Lunatic asylums Burma 1907-21 - 1907-1921
Year: 1907
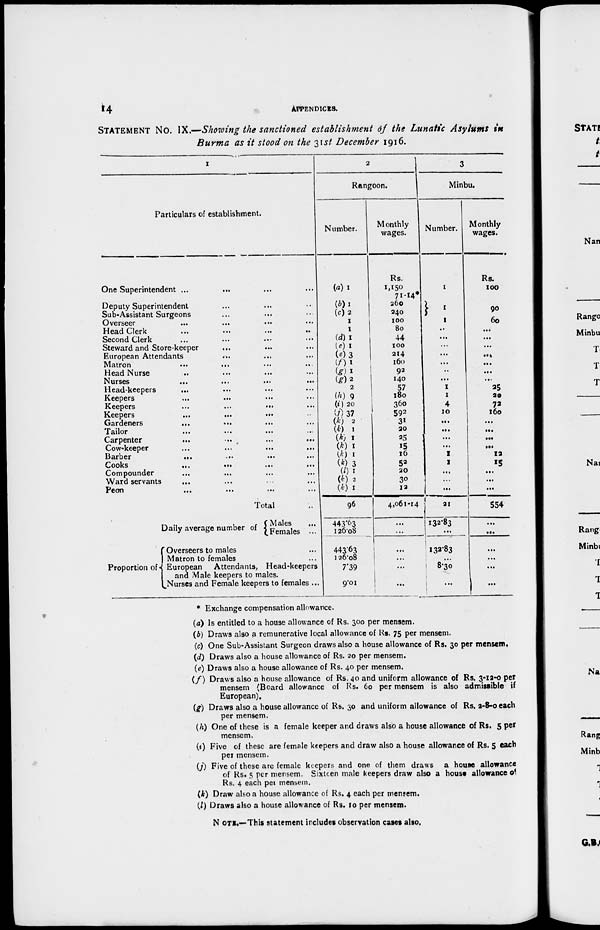
14
APPENDICES.
STATEMENT NO. IX.—Showing the sanctioned establishment of the Lunatic Asylums in
Burma as it stood on the 31st December 1916.
1
Particulars of establishment.
One Superintendent ... ... ...
Deputy Superintendent ... ...
Sub-Assistant Surgeons ... ...
Overseer ... ... ...
Head Clerk ... ... ...
Second Clerk ... ... ...
Steward and Store-keeper ... ... ...
European Attendants ... ...
Matron ... ... ...
Head Nurse ... ... ...
Nurses
...
...
...
Head-keepers ... ... ...
Keepers ... ... ...
Keepers
...
...
...
Keepers
...
...
...
Gardeners
... ... ...
Tailor ... ... ...
Carpenter
...
...
...
...
Cow-keeper
...
...
...
...
Barber
...
...
...
Cooks
...
...
...
Compounder
...
...
...
Ward servants
... ... ...
Peon
...
... ...
Total ...
Daily average number of
Proportion of
Males ...
Females ...
Overseers to males ...
Matron to females ...
European Attendants, Head-keepers
and Male keepers to males.
Nurses and Female keepers to females ...
2
Rangoon.
Number.
(a) 1
(b) 1
(c)2
1
1
(d) 1
(c) 1
(e) 3
(f) 1
(g) 1
(g) 2
2
(h) 9
(i) 20
(j) 37
(k)
2
(k) 1
(k) 1
(k) 1
(k) 1
(k) 3
(l) 1
(k) 2
(k) 1
96
443.63
126.08
443.63
126.08
7.39
9.01
Monthly
wages.
Rs.
1,150
71.14*
260
240
100
80
44
100
214
160
92
140
57
180
360
592
31
20
25
15
16
52
20
30
12
4,061-14
...
...
...
...
...
3
Minbu.
Number.
1
1
1
...
...
...
...
...
...
...
1
1
4
10
...
...
...
...
1
1
...
...
...
21
132.83
...
132.83
...
8.30
...
Monthly
wages.
Rs.
100
90
60
...
...
...
...
...
...
...
35
20
72
160
...
...
...
...
12
15
...
...
...
554
...
...
...
...
...
....
* Exchange compensation allowance.
(a) Is entitled to a house allowance of Rs. 300 per mensem.
(b) Draws also a remunerative local allowance of Rs. 75 per mensem.
(c) One Sub-Assistant Surgeon draws also a house allowance of Rs. 30 per mensem,
(d) Draws also a house allowance of Rs. 20 per mensem.
(e) Draws also a house allowance of Rs. 40 per mensem.
(f) Draws also a house allowance of Rs. 40 and uniform allowance of Rs. 3-12-0 per
mensem (Board allowance of Rs. 60 per mensem is also admissible if
European),
(g) Draws also a house allowance of Rs. 30 and uniform allowance of Rs. 2-8-0 each
per mensem.
(h) One of these is a female keeper and draws also a house allowance of Rs. 5 per
mensem.
(i) Five of these are female keepers and draw also a house allowance of Rs. 5 each
per mensem.
(j) Five of these are female keepers and one of them draws a house allowance
of Rs. 5 per mensem. Sixteen male keepers draw also a house allowance of
Rs. 4 each per mensem.
(k) Draw also a house allowance of Rs. 4 each per mensem.
(l) Draws also a house allowance of Rs. 10 per mensem.
NOTE.—This statement includes observation cases also.